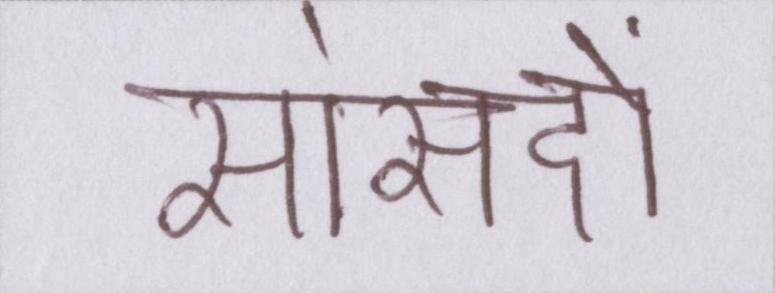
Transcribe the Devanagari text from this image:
सांसदों